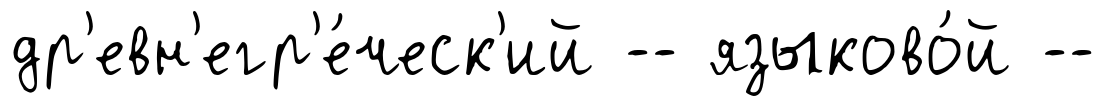
др'евн'егр'е́ческ'ий -- языково́й --